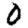
Digit: 0